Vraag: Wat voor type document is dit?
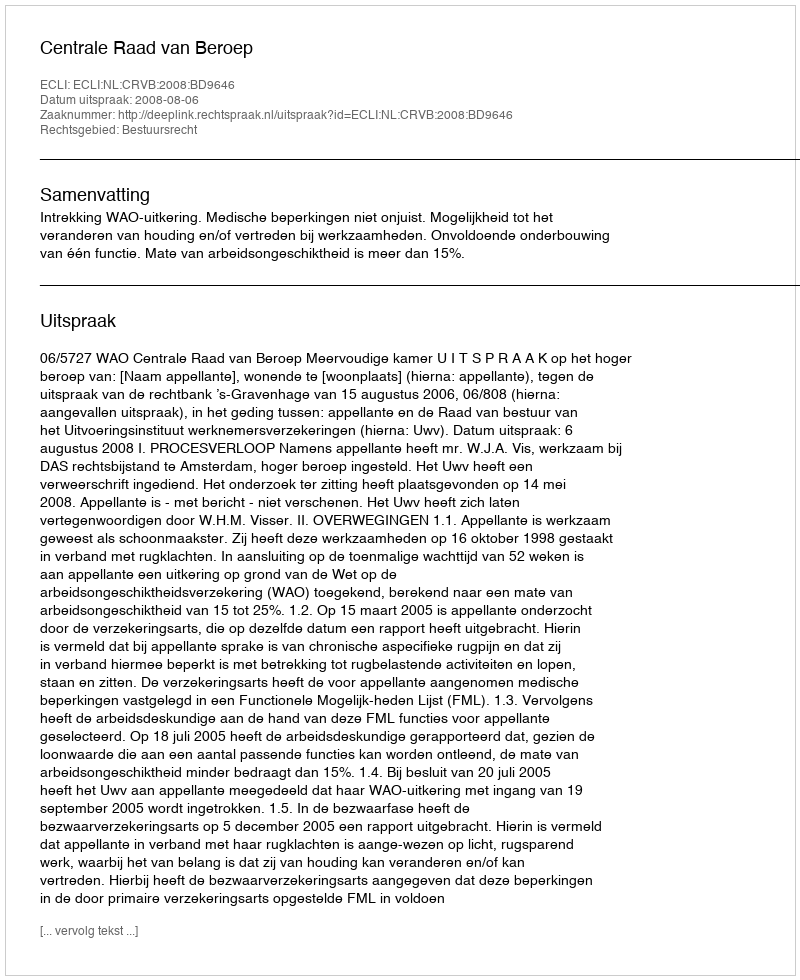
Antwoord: Uitspraak